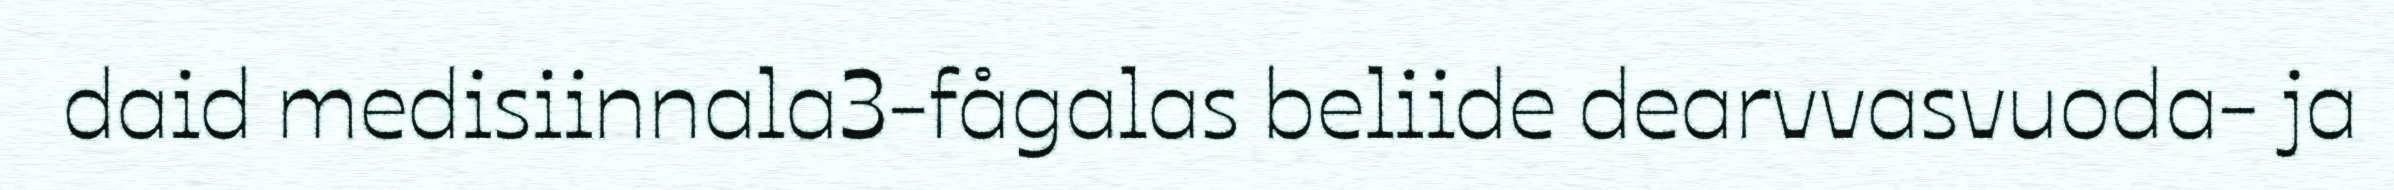
daid medisiinnala3-fågalas beliide dearvvasvuoda- ja